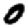
Digit: 0